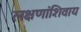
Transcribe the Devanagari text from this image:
लक्षणांशिवाय